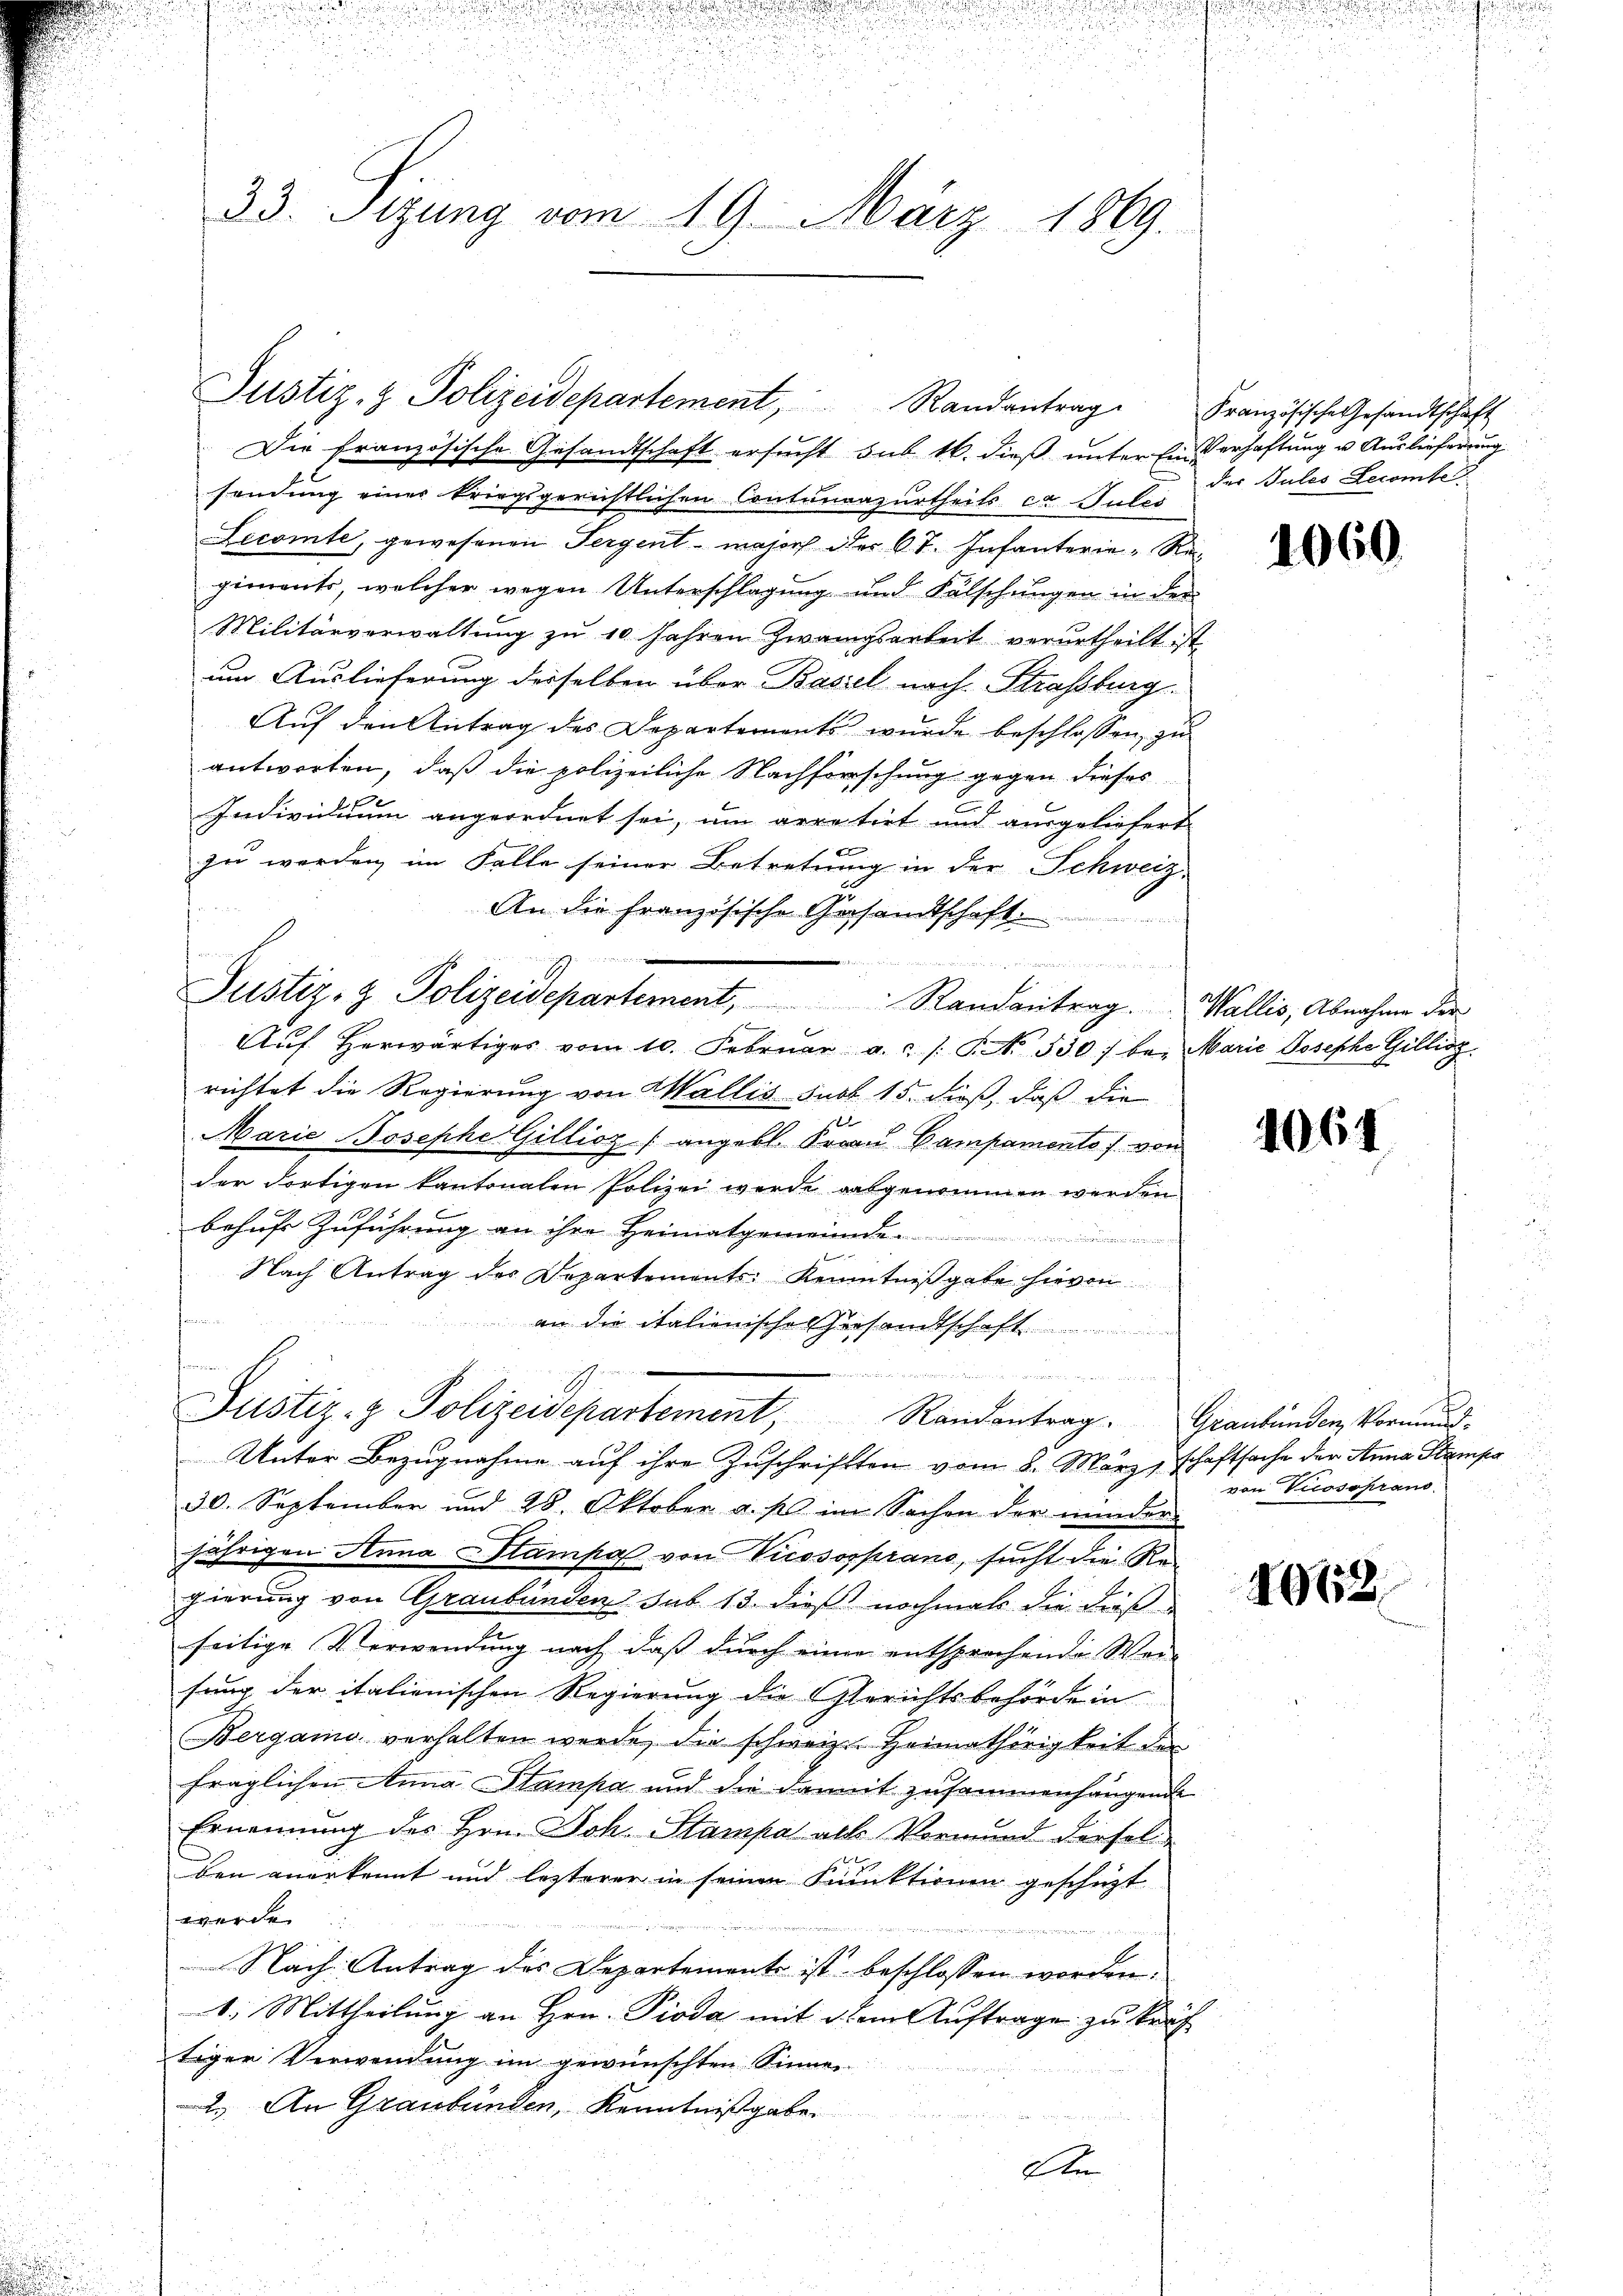
33. Sizung vom 19. März 1869

Justiz- & Polizeidepartement, Randantrag Französische Gesandtschaft

Die französische Gesandtschaft ersucht sub 16. dieß unterer Verhaftung u. Auslieferung
sendung einer kriegsgerichtlichen Contunaazurtheils ca Sules
Lecomte, gewesenen Sergent - majors der 67. Infanterie-Regiments, welcher wegen Unterschlagung und Fälschungen in der
Militärverwaltung zu 10 Jahren Zwangsarbeit verurtheilt ist
um Auslieferung derselben über Basel nach Strassburg
Auf den Antrag des Departements wurde beschlossen, zu
antworten, daß die polizeiliche Nachforschung gegen dieses
Individuum angeordnet sei, um arretirt und ausgeliefert
zu werden im Falle seiner Betretung in der Schweiz
An die französische Gesandtschaft.
s

Justiz- & Polizeidepartement, Randantrag. Wallis, Abnahme der
Aŭf herwärtiges vom 10. Febrŭar a. c. No. 530. bei Marie Josephe Gillioz.
richtet die Regierung von Wallis sub 15. dieß, daß die
Marie Josephe Gillioz (angebl. Frau Campamento f. von
der dortigen kantonalen Polizei werde ausgenommen werden
behufs Zuführung an ihre Heimatgemeinde
Nach Antrag des Departements Kenntnißgabe hievon
an die italienischen Versandtschaft
e

Justiz- & Polizeidepartement, Randantrag. Graubünden Vormund-
Unter Bezugnahme auf ihre Zuschriften vom 8. März, Schaftsache der Anna Stampa
30. September und 28. Oktober a. s im Sachen der minder-
jährigen Anna Stampal von Vicososprano, sucht die Regierung von Graubünden sub 13. dieß nochmals die dieß
seitige Verwendung noch, daß durch einer entsprechende Weisung der italienischen Regierung die Gerichtsbehörde in
Bergamo verhalten werde, die schweiz. Heimathörigkeit der
fraglichen Anna Stampa und die damit zusammenhangende
Ernennung des Hrn. Joh. Stampa alle Vormund dersel
ben anerkennt und lezterer in seinen Funktionen geschüzt
werde.
Nach Antrag des Departement ist beschlossen worden.
1. Mittheilung an Hrn. Pioda mit dem Auftrage zu kräftiger Verwendung im gewünschten Sinnen
 An Graubünden, Kenntnißgabe.
Den

der Bules Lecomte

1060.

1064

von Vicosoprano

1062